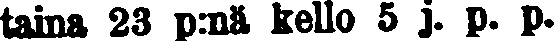
taina 23 p:nä kello 5 j. p. p.